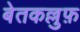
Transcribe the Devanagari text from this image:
बेतकल्लुफ़